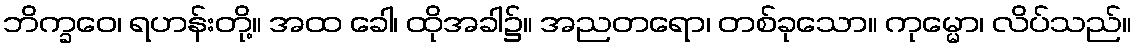
ဘိက္ခဝေ၊ ရဟန်းတို့။ အထ ခေါ၊ ထိုအခါ၌။ အညတရော၊ တစ်ခုသော။ ကုမ္မော၊ လိပ်သည်။